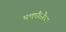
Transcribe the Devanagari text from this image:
भारतीलैब्स